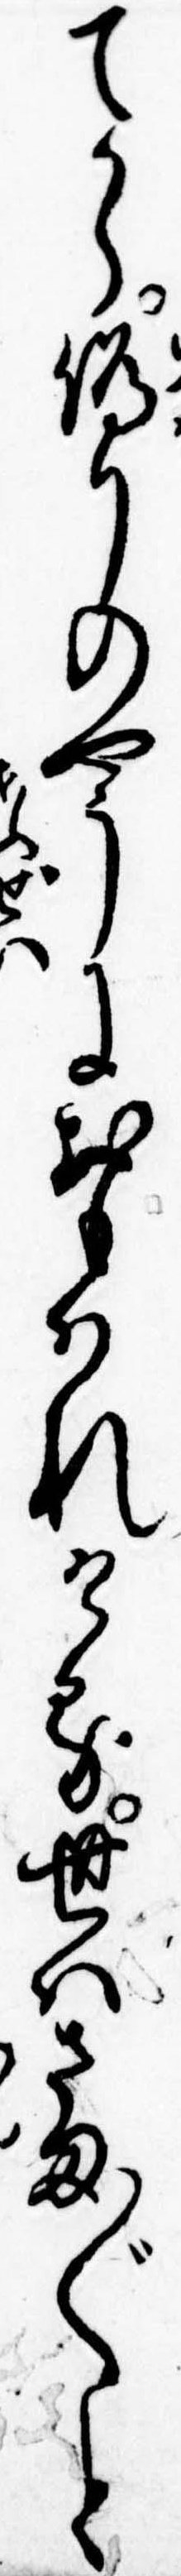
てから偽りのやうにおもはれける世はさま〲と